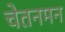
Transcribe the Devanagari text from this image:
चेतनमन